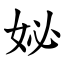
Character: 妼